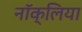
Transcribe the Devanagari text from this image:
नॉक्लिया